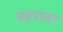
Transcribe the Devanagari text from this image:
बहरावर